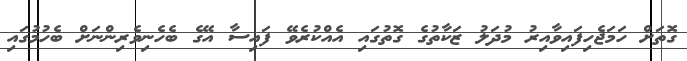
ގޮތަށް ހަމަޖެހިފައިވާއިރު މުދަލު ޒަކާތުގެ ގޮތުގައި އެއްކުރެވޭ ފައިސާ އޭގެ ބެހެނިވެރިންނަށް ބެހުމުގައި